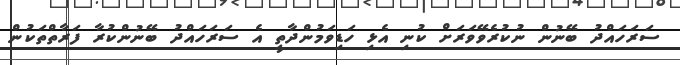
ސަރަހައްދު ބޭނުން ނުކުރެވޭވަރަށް ކުނި އެޅި ހަޑިވަމުންދާތީ އެ ސަރަހައްދު ބޭނުންކުރާ ފަރާތްތަކުން